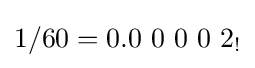
1/60=0.0\ 0\ 0\ 0\ 2_{!}